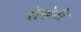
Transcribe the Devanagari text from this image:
रोज़ेटी